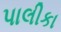
પાલીકા